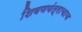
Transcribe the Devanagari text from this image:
शिवणयंत्राचाच